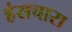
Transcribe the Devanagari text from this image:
हंसचारा